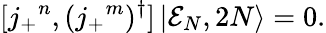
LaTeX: [j_{+}{}^{n},(j_{+}{}^{m})^{\dagger}]\left|{\cal E}_{N},2N\right\rangle=0.